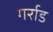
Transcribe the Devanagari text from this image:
गर्राड